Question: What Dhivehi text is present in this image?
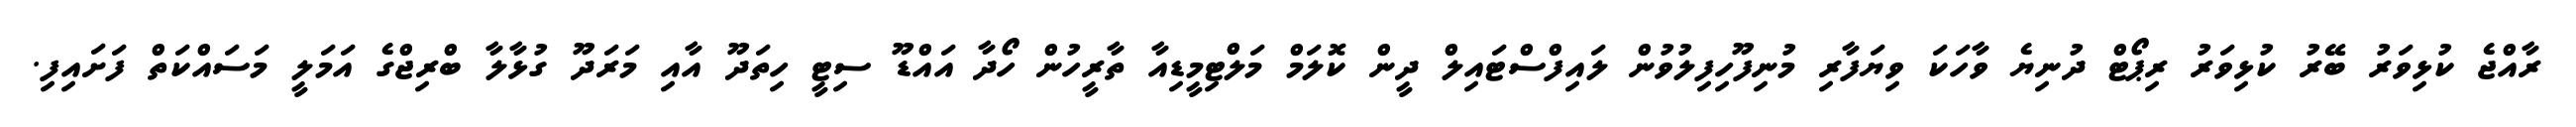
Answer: ރާއްޖެ ކުޅިވަރު ބޭރު ކުޅިވަރު ރިޕޯޓް ދުނިޔެ ވާހަކަ ވިޔަފާރި މުނިފޫހިފިލުވުން ލައިފްސްޓައިލް ދީން ކޮލަމް މަލްޓިމީޑިއާ ތާރީހުން ހޯދާ އައްޑޫ ސިޓީ ހިތަދޫ އާއި މަރަދޫ ގުޅާލާ ބްރިޖްގެ އަމަލީ މަސައްކަތް ފަށައިފި.